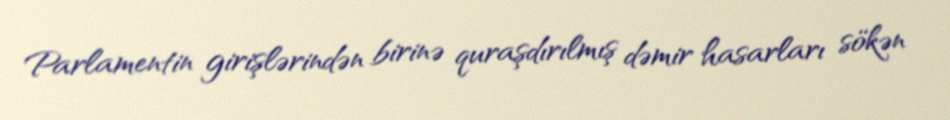
Parlamentin girişlərindən birinə quraşdırılmış dəmir hasarları sökən